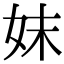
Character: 妺